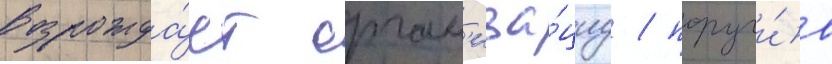
возрожда́ет орган'иза́циу / поручи́в